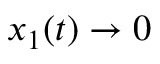
x _ { 1 } ( t ) \rightarrow 0